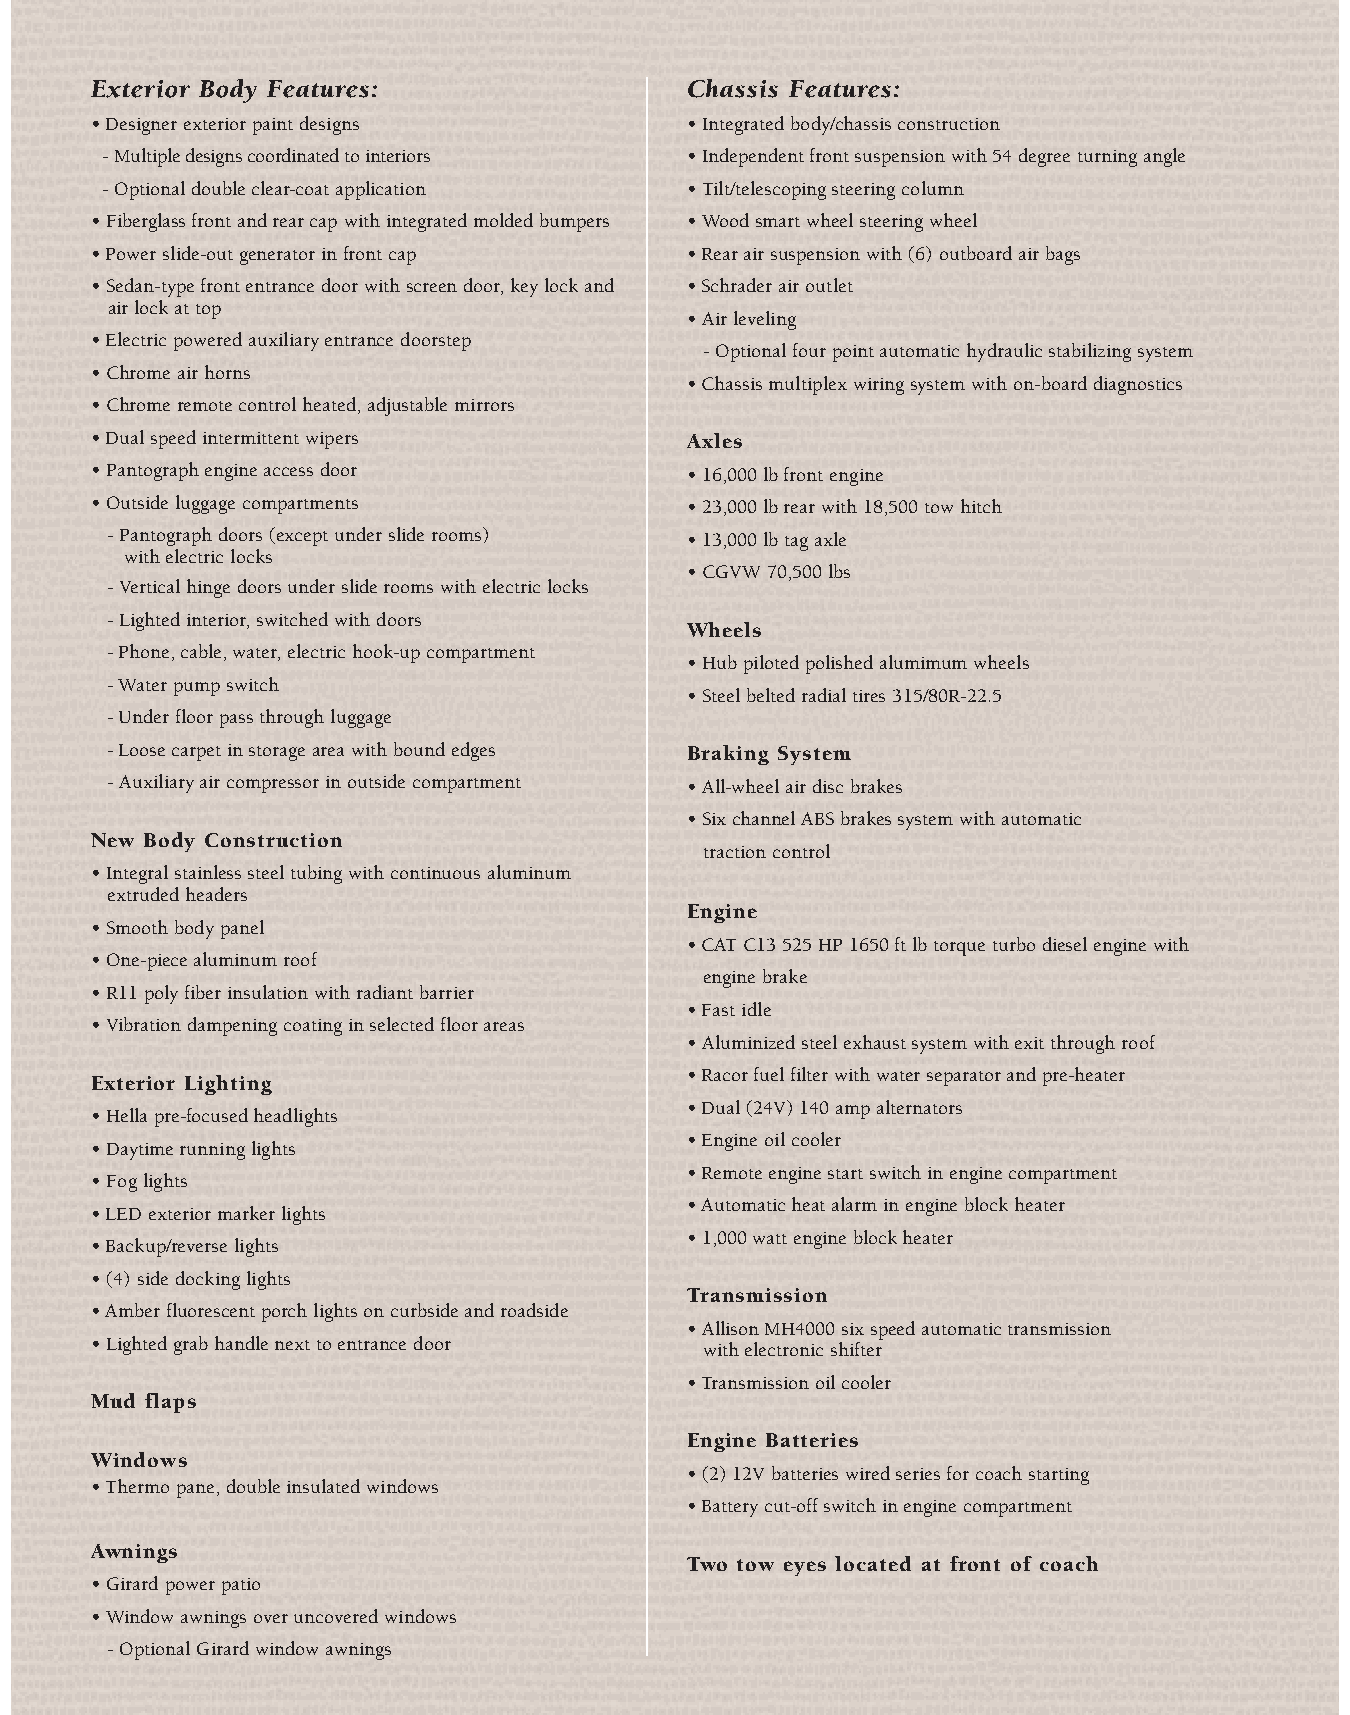
Exterior Body Features:                Chassis Features:
 • Designer exterior paint designs      • Integrated body/chassis construction
 - Multiple designs coordinated to interiors • Independent front suspension with 54 degree turning angle
 - Optional double clear-coat application • Tilt/telescoping steering column
 • Fiberglass front and rear cap with integrated molded bumpers • Wood smart wheel steering wheel
 • Power slide-out generator in front cap • Rear air suspension with (6) outboard air bags
 • Sedan-type front entrance door with screen door, key lock and • Schrader air outlet
 air lock at top
 • Air leveling
 • Electric powered auxiliary entrance doorstep
 - Optional four point automatic hydraulic stabilizing system
 • Chrome air horns
 • Chassis multiplex wiring system with on-board diagnostics
 • Chrome remote control heated, adjustable mirrors
 • Dual speed intermittent wipers       Axles
 • Pantograph engine access door        • 16,000 lb front engine
 • Outside luggage compartments         • 23,000 lb rear with 18,500 tow hitch
 - Pantograph doors (except under slide rooms) • 13,000 lb tag axle
 with electric locks
 • CGVW 70,500 lbs
 - Vertical hinge doors under slide rooms with electric locks
 - Lighted interior, switched with doors
 Wheels
 - Phone, cable, water, electric hook-up compartment
 • Hub piloted polished alumimum wheels
 - Water pump switch
 • Steel belted radial tires 315/80R-22.5
 - Under floor pass through luggage
 - Loose carpet in storage area with bound edges Braking System
 - Auxiliary air compressor in outside compartment • All-wheel air disc brakes
 • Six channel ABS brakes system with automatic
 New Body Construction
 traction control
 • Integral stainless steel tubing with continuous aluminum
 extruded headers
 Engine
 • Smooth body panel
 • CAT C13 525 HP 1650 ft lb torque turbo diesel engine with
 • One-piece aluminum roof
 engine brake
 • R11 poly fiber insulation with radiant barrier
 • Fast idle
 • Vibration dampening coating in selected floor areas
 • Aluminized steel exhaust system with exit through roof
 • Racor fuel filter with water separator and pre-heater
 Exterior Lighting
 • Dual (24V) 140 amp alternators
 • Hella pre-focused headlights
 • Engine oil cooler
 • Daytime running lights
 • Remote engine start switch in engine compartment
 • Fog lights
 • Automatic heat alarm in engine block heater
 • LED exterior marker lights
 • 1,000 watt engine block heater
 • Backup/reverse lights
 • (4) side docking lights
 Transmission
 • Amber fluorescent porch lights on curbside and roadside
 • Allison MH4000 six speed automatic transmission
 • Lighted grab handle next to entrance door
 with electronic shifter
 • Transmission oil cooler
 Mud flaps
 Engine Batteries
 Windows
 • (2) 12V batteries wired series for coach starting
 • Thermo pane, double insulated windows
 • Battery cut-off switch in engine compartment
 Awnings
 Two tow eyes located at front of coach
 • Girard power patio
 • Window awnings over uncovered windows
 - Optional Girard window awnings